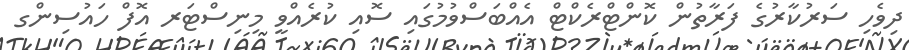
ދިވެހި ސަރުކާރުގެ ފަރާތުން ކޮންޓްރެކްޓް އެއްބަސްވުމުގައި ސޮއި ކުރެއްވީ މިނިސްޓަރ އޮފް ހައުސިންގ